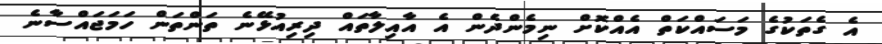
އެ ގެތަކުގެ މަސައްކަތް އެއްކޮށް ނިމެންދެން އެ އާއިލާތައް ދިރިއުޅޭނެ ތަންތަން ހަމަޖައްސާނެ